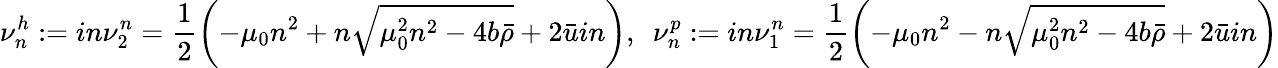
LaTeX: \nu_{n}^{h}:=in\nu_{2}^{n}=\frac{1}{2}\left(-\mu_{0}n^{2}+n\sqrt{\mu_{0}^{2}n^{2}-4b\bar{\rho}}+2\bar{u}in\right),\ \ \nu_{n}^{p}:=in\nu_{1}^{n}=\frac{1}{2}\left(-\mu_{0}n^{2}-n\sqrt{\mu_{0}^{2}n^{2}-4b\bar{\rho}}+2\bar{u}in\right)